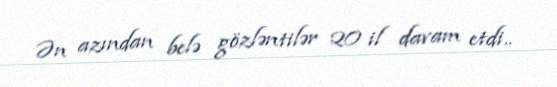
Ən azından belə gözləntilər 20 il davam etdi..